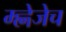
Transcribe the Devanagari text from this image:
म्ह्णेजेच